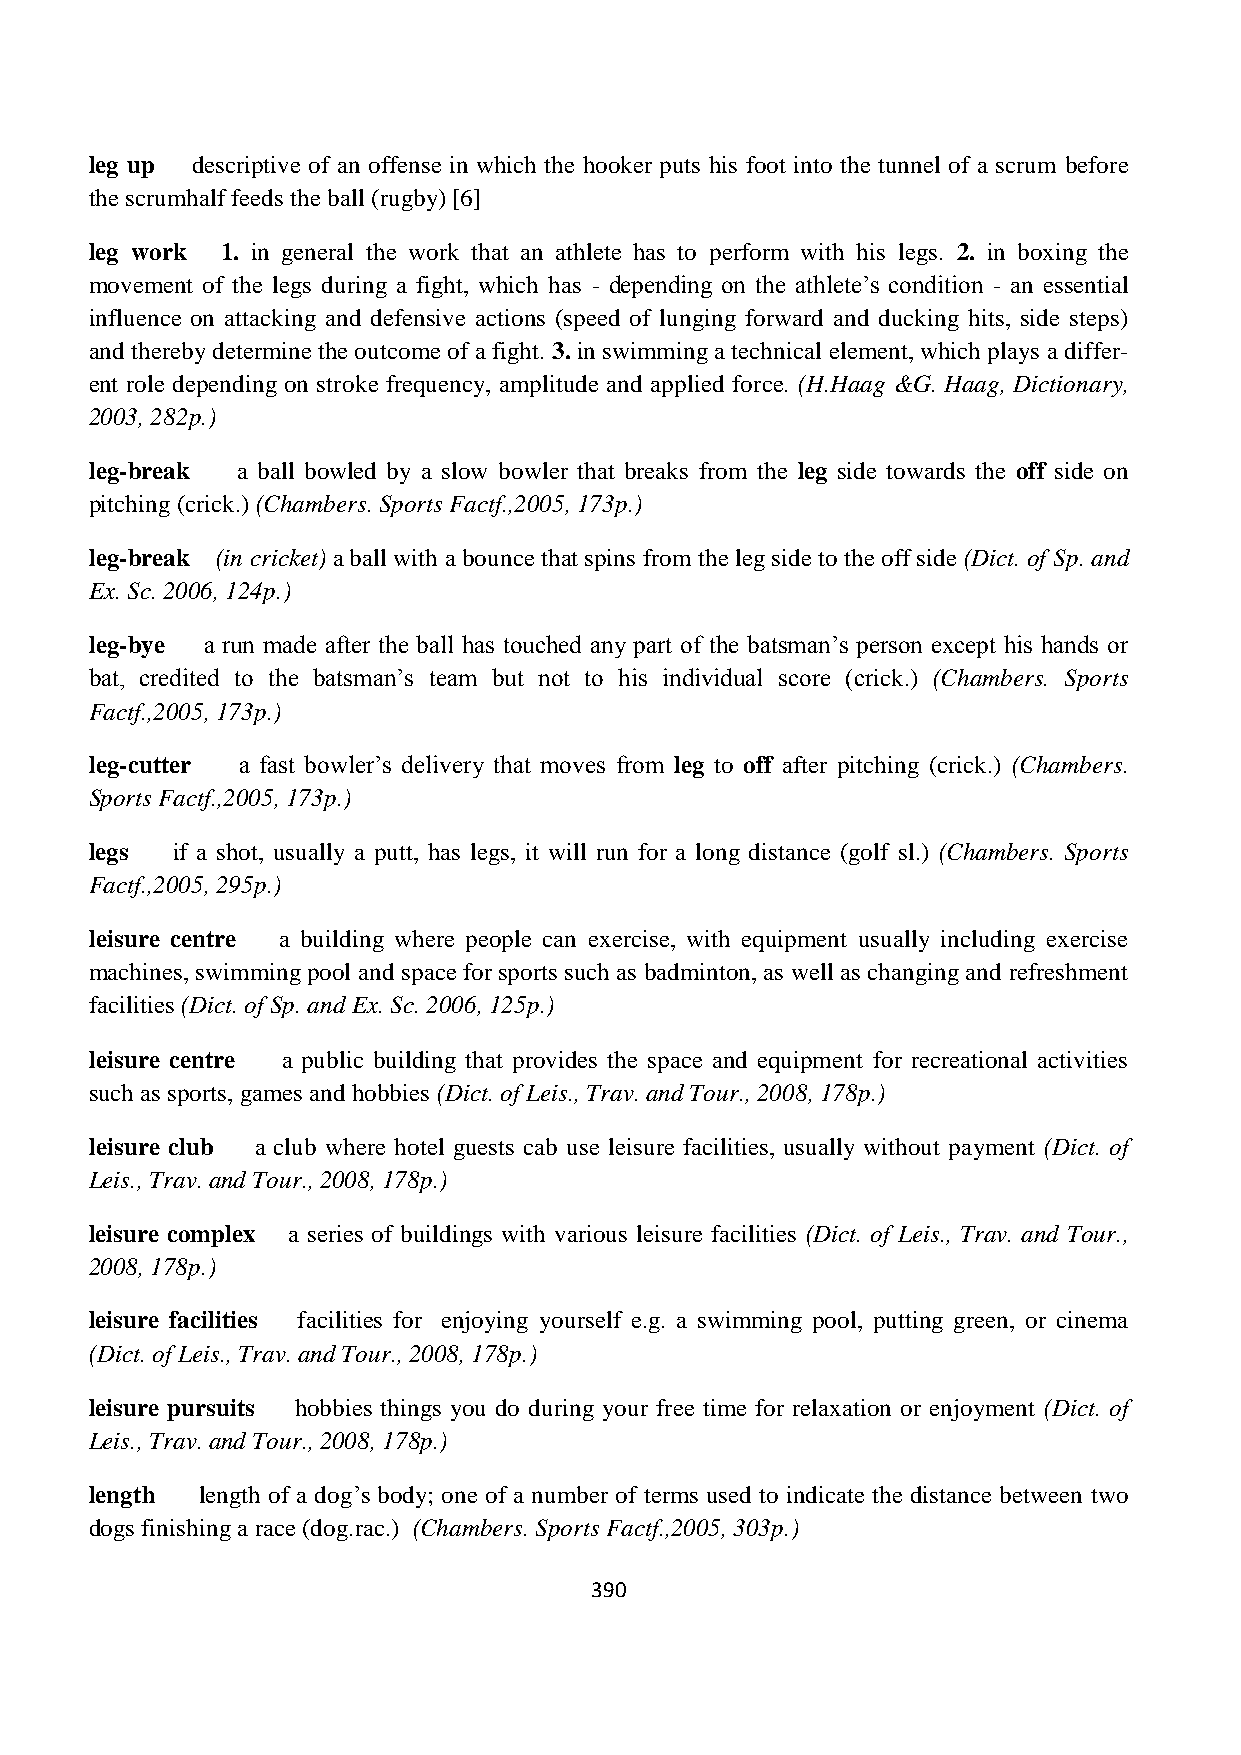
leg up descriptive of an offense in which the hooker puts his foot into the tunnel of a scrum before
 the scrumhalf feeds the ball (rugby) [6]
 leg work 1. in general the work that an athlete has to perform with his legs. 2. in boxing the
 movement of the legs during a fight, which has - depending on the athlete‟s condition - an essential
 influence on attacking and defensive actions (speed of lunging forward and ducking hits, side steps)
 and thereby determine the outcome of a fight. 3. in swimming a technical element, which plays a differ-
 ent role depending on stroke frequency, amplitude and applied force. (H.Haag &G. Haag, Dictionary,
 2003, 282p.)
 leg-break a ball bowled by a slow bowler that breaks from the leg side towards the off side on
 pitching (crick.) (Chambers. Sports Factf.,2005, 173p.)
 leg-break (in cricket) a ball with a bounce that spins from the leg side to the off side (Dict. of Sp. and
 Ex. Sc. 2006, 124p.)
 leg-bye a run made after the ball has touched any part of the batsman‟s person except his hands or
 bat, credited to the batsman‟s team but not to his individual score (crick.) (Chambers. Sports
 Factf.,2005, 173p.)
 leg-cutter a fast bowler‟s delivery that moves from leg to off after pitching (crick.) (Chambers.
 Sports Factf.,2005, 173p.)
 legs if a shot, usually a putt, has legs, it will run for a long distance (golf sl.) (Chambers. Sports
 Factf.,2005, 295p.)
 leisure centre a building where people can exercise, with equipment usually including exercise
 machines, swimming pool and space for sports such as badminton, as well as changing and refreshment
 facilities (Dict. of Sp. and Ex. Sc. 2006, 125p.)
 leisure centre a public building that provides the space and equipment for recreational activities
 such as sports, games and hobbies (Dict. of Leis., Trav. and Tour., 2008, 178p.)
 leisure club a club where hotel guests cab use leisure facilities, usually without payment (Dict. of
 Leis., Trav. and Tour., 2008, 178p.)
 leisure complex a series of buildings with various leisure facilities (Dict. of Leis., Trav. and Tour.,
 2008, 178p.)
 leisure facilities facilities for enjoying yourself e.g. a swimming pool, putting green, or cinema
 (Dict. of Leis., Trav. and Tour., 2008, 178p.)
 leisure pursuits hobbies things you do during your free time for relaxation or enjoyment (Dict. of
 Leis., Trav. and Tour., 2008, 178p.)
 length length of a dog‟s body; one of a number of terms used to indicate the distance between two
 dogs finishing a race (dog.rac.) (Chambers. Sports Factf.,2005, 303p.)
 390